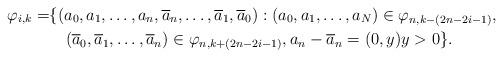
LaTeX: \begin{align*}\mathfrak{\varphi}_{i,k}=&\{(a_{0},a_{1},\ldots,a_{n},\overline{a}_{n},\ldots,\overline{a}_{1},\overline{a}_{0}): (a_{0},a_{1},\ldots,a_{N})\in \mathfrak{\varphi}_{n,k-(2n-2i-1)},\\& \quad(\overline{a}_{0},\overline{a}_{1},\ldots,\overline{a}_{n})\in \mathfrak{\varphi}_{n,k+(2n-2i-1)}, a_{n}-\overline{a}_{n}= (0,y) y>0\}.\end{align*}